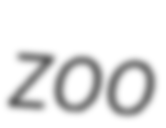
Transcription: zoo